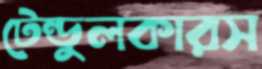
টেন্ডুলকারস